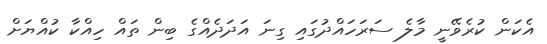
އެކަން ކުރެވޭނީ މާލެ ސަރަހައްދުގައި ގިނަ އަދަދެއްގެ ބިން ތައް ހިއްކާ ކުއްޔަށް